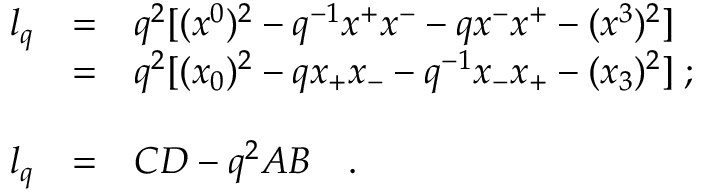
\begin{array} { l l l } { { l _ { q } } } & { { = } } & { { q ^ { 2 } [ ( x ^ { 0 } ) ^ { 2 } - q ^ { - 1 } x ^ { + } x ^ { - } - q x ^ { - } x ^ { + } - ( x ^ { 3 } ) ^ { 2 } ] } } \\ { { \, } } & { { = } } & { { q ^ { 2 } [ ( x _ { 0 } ) ^ { 2 } - q x _ { + } x _ { - } - q ^ { - 1 } x _ { - } x _ { + } - ( x _ { 3 } ) ^ { 2 } ] \; ; } } \\ { { \, } } & { { \, } } & { { \, } } \\ { { l _ { q } } } & { { = } } & { { C D - q ^ { 2 } A B \quad . } } \end{array}